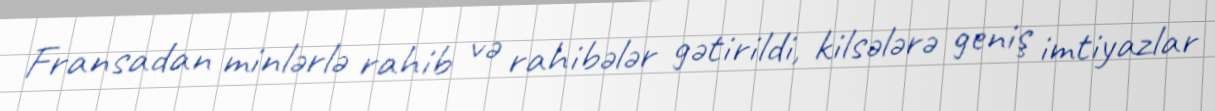
Fransadan minlərlə rahib və rahibələr gətirildi, kilsələrə geniş imtiyazlar